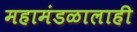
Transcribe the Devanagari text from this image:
महामंडळालाही